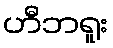
ဟီဘရူး